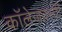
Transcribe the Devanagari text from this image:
कॉलेजवस्ती